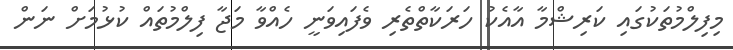
މިފިލްމުތަކުގައި ކަރިޝްމާ އާއެކު ހަރަކާތްތެރި ވެފައިވަނީ ހެއްވާ މަޖާ ފިލްމުތައް ކުޅުމަށް ނަން